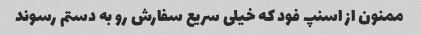
ممنون از اسنپ فود که خیلی سریع سفارش رو به دستم رسوند